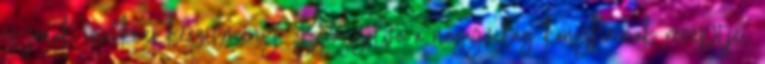
és jónak igérkező készítmény. Barangolva a nagyvilág konyháinak receptjei